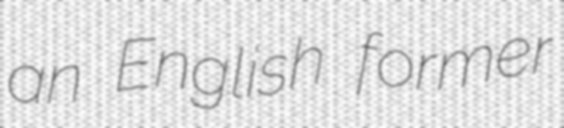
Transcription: an English former